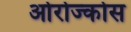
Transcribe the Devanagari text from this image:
ओरोज्कोस